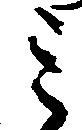
ミ